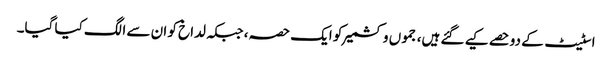
اسٹیٹ کے دوحصے کیے گئے ہیں، جموں وکشمیر کو ایک حصہ، جبکہ لداخ کو ان سے الگ کیا گیا۔